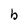
Character: b